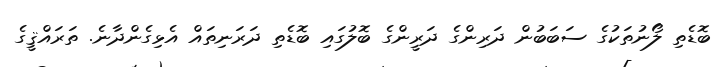
ބޮޑެތި ލޯނުތަކުގެ ސަބަބުން ދަރިންގެ ދަރީންގެ ބޮލުގައި ބޮޑެތި ދަރަނިތައް އެޅިގެންދާނެ. ތަރައްޤީގެ